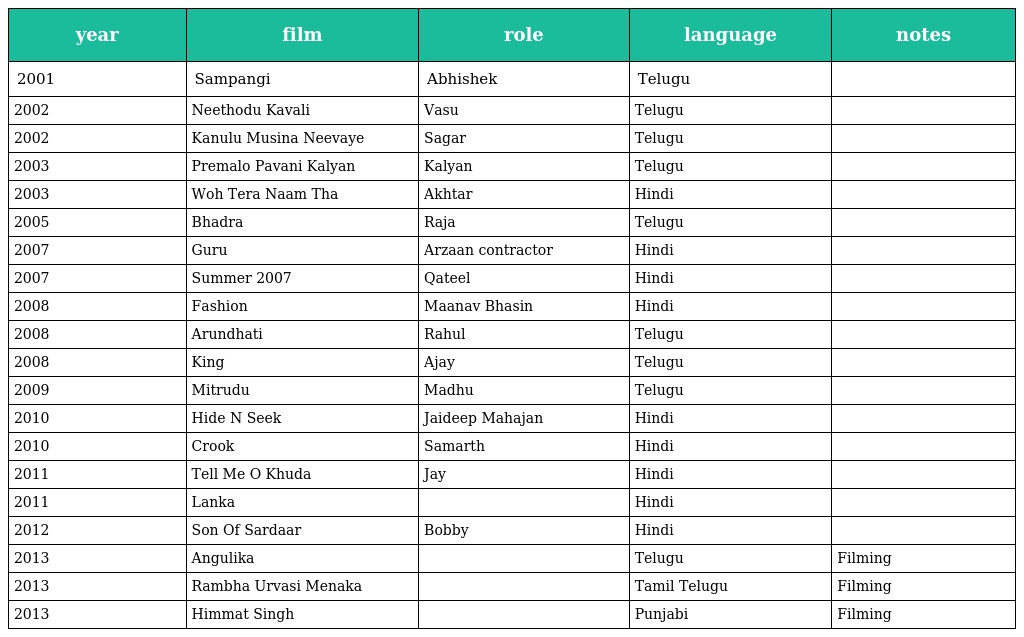
| year | film | role | language | notes |
 | --- | --- | --- | --- | --- |
 | 2001 | Sampangi | Abhishek | Telugu |  |
 | 2002 | Neethodu Kavali | Vasu | Telugu |  |
 | 2002 | Kanulu Musina Neevaye | Sagar | Telugu |  |
 | 2003 | Premalo Pavani Kalyan | Kalyan | Telugu |  |
 | 2003 | Woh Tera Naam Tha | Akhtar | Hindi |  |
 | 2005 | Bhadra | Raja | Telugu |  |
 | 2007 | Guru | Arzaan contractor | Hindi |  |
 | 2007 | Summer 2007 | Qateel | Hindi |  |
 | 2008 | Fashion | Maanav Bhasin | Hindi |  |
 | 2008 | Arundhati | Rahul | Telugu |  |
 | 2008 | King | Ajay | Telugu |  |
 | 2009 | Mitrudu | Madhu | Telugu |  |
 | 2010 | Hide N Seek | Jaideep Mahajan | Hindi |  |
 | 2010 | Crook | Samarth | Hindi |  |
 | 2011 | Tell Me O Khuda | Jay | Hindi |  |
 | 2011 | Lanka |  | Hindi |  |
 | 2012 | Son Of Sardaar | Bobby | Hindi |  |
 | 2013 | Angulika |  | Telugu | Filming |
 | 2013 | Rambha Urvasi Menaka |  | Tamil Telugu | Filming |
 | 2013 | Himmat Singh |  | Punjabi | Filming |